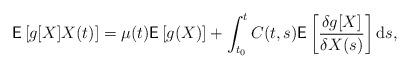
LaTeX: \begin{align*}\mathsf{E}\left[g[X]X(t)\right]=\mu(t)\mathsf{E}\left[g(X)\right]+\int_{t_0}^tC(t,s)\mathsf{E}\left[\frac{\delta g[X]}{\delta X(s)}\right]\mathrm{d}s,\end{align*}